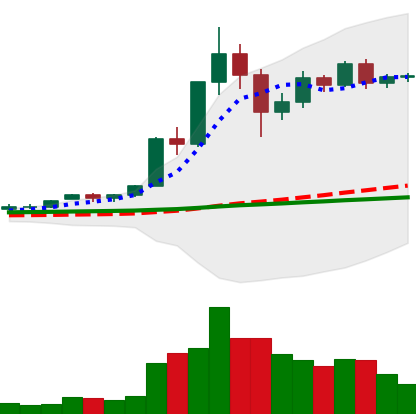
Ticker: XRP-USD
Chart end date: 2020-12-03
Forward return: -11.504%
Label: down_7plus